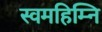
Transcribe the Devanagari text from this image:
स्वमहिम्नि